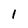
Character: 1